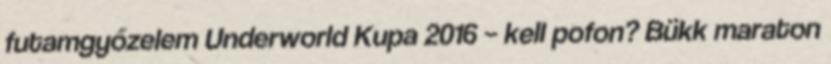
futamgyőzelem Underworld Kupa 2016 – kell pofon? Bükk maraton